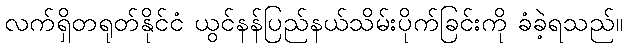
လက်ရှိတရုတ်နိုင်ငံ ယွင်နန်ပြည်နယ်သိမ်းပိုက်ခြင်းကို ခံခဲ့ရသည်။